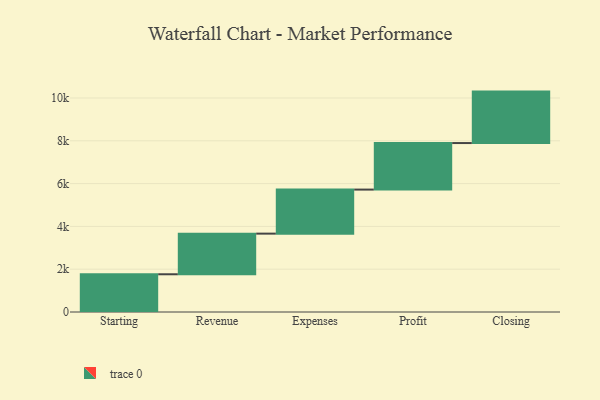
{"axis": {"x": "Step", "y": "Value"}, "legend": [""], "data": [{"x": "Starting", "y": 1763.0, "type": ""}, {"x": "Revenue", "y": 1899.0, "type": ""}, {"x": "Expenses", "y": 2058.0, "type": ""}, {"x": "Profit", "y": 2175.0, "type": ""}, {"x": "Closing", "y": 2404.0, "type": ""}]}